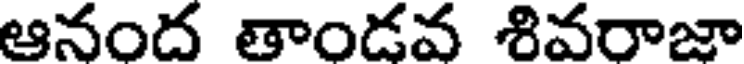
ఆనంద తాండవ శివరాజా